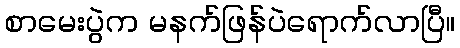
စာမေးပွဲက မနက်ဖြန်ပဲရောက်လာပြီ။